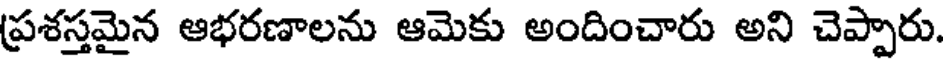
ప్రశస్తమైన ఆభరణాలను ఆమెకు అందించారు అని చెప్పారు.